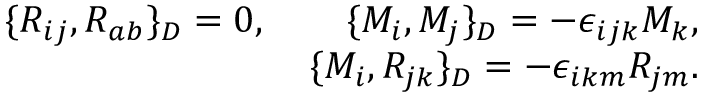
\begin{array} { r } { \{ R _ { i j } , R _ { a b } \} _ { D } = 0 , \qquad \{ M _ { i } , M _ { j } \} _ { D } = - \epsilon _ { i j k } M _ { k } , } \\ { \{ M _ { i } , R _ { j k } \} _ { D } = - \epsilon _ { i k m } R _ { j m } . } \end{array}